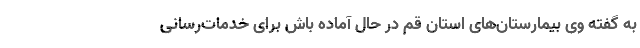
به گفته وی بیمارستان‌های استان قم در حال آماده باش برای خدمات‌رسانی